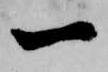
一